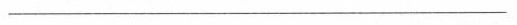
___